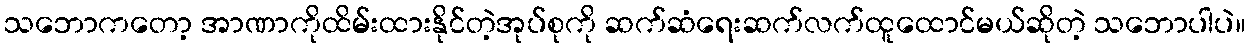
သဘောကတော့ အာဏာကိုထိမ်းထားနိုင်တဲ့အုပ်စုကို ဆက်ဆံရေးဆက်လက်ထူထောင်မယ်ဆိုတဲ့ သဘောပါပဲ။